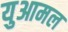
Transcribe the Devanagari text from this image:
युआमल